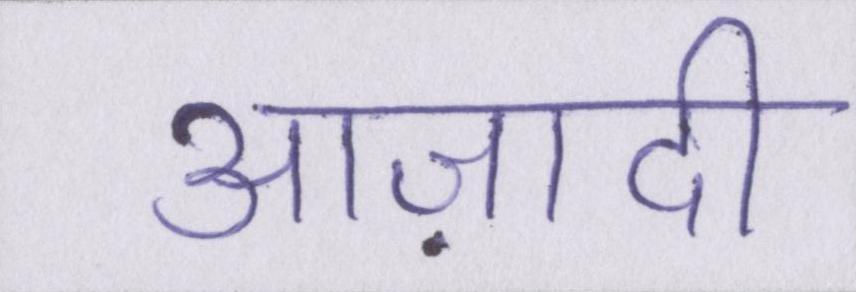
आज़ादी